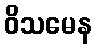
ဝိသမေန